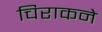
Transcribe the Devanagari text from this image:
चिराकने